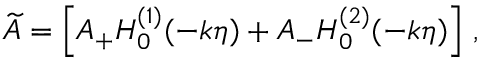
\widetilde { A } = \left[ A _ { + } H _ { 0 } ^ { ( 1 ) } ( - k \eta ) + A _ { - } H _ { 0 } ^ { ( 2 ) } ( - k \eta ) \right] \, ,